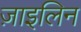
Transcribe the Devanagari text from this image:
ज़ाइलिन